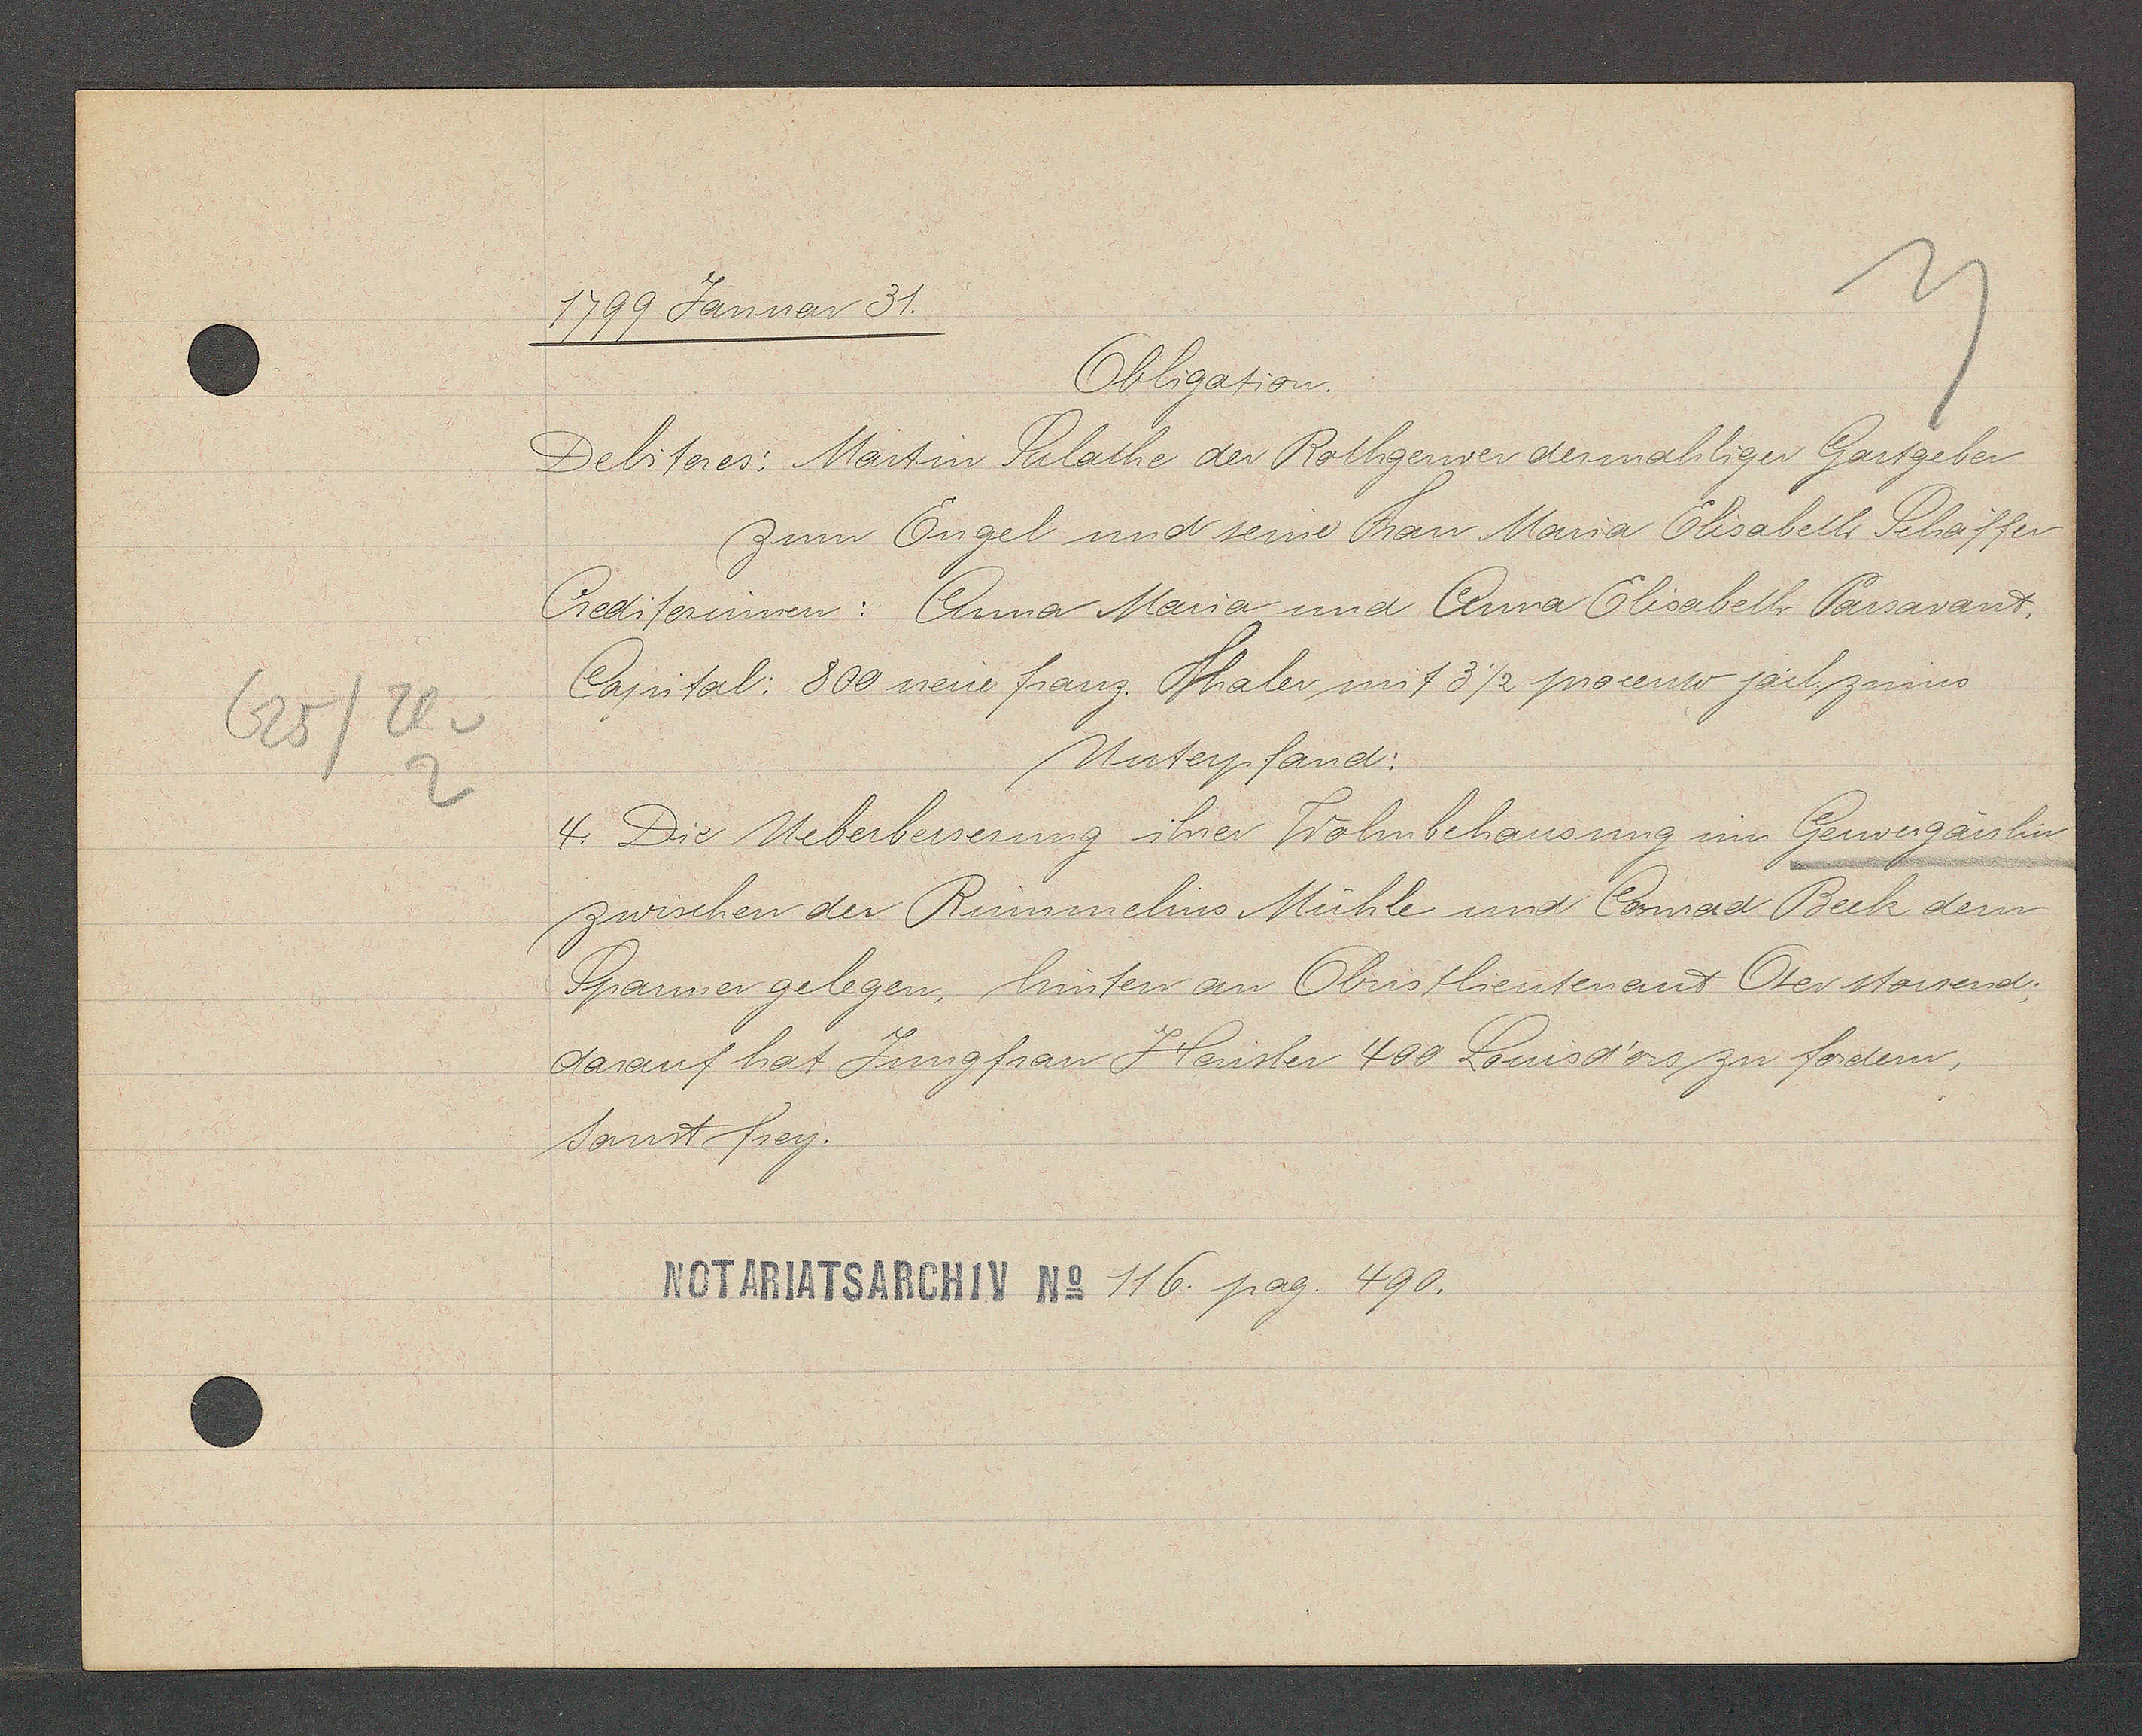
Transcript:
625/Th v

1799 Januar 31.

Obligation.
Debitores: Martin Sulathe der Rothgerwer dermahliger Gartgeber
zum Engel und seine Frau Maria Elisabeth Schaffen-
Crediterinnen: Anna Maria und Anna Elisabeth Parsavant,
Capital: 800 neue franz. Thaler mit 3½ procento jarl. zinns.
Unterpfand:
4. Die Ueberbesserung ihrer Wohnbehausung im Gerwergässlin
zwischen der Rümmelins Mühle und Canrad Beck dem
Spanner gelegen, hinten an Obristlieutenant Oser stossend;
darauf hat Jungfrau Häusler 400 Louisd'ors zu fordern,
sonst frey.

Notariatsarchiv No 116. pag. 490.